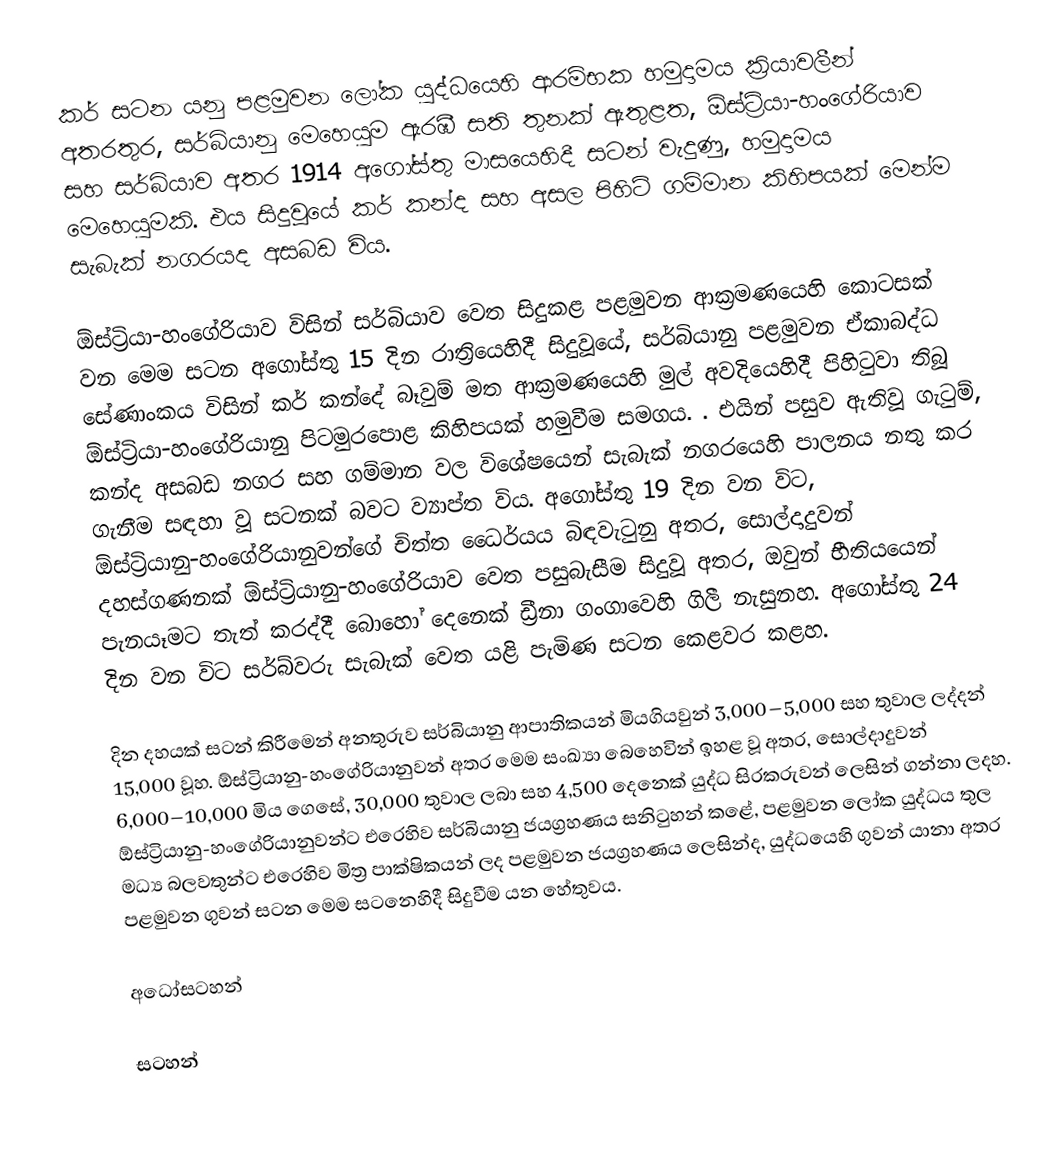
කර් සටන යනු පළමුවන ලෝක යුද්ධයෙහි ආරම්භක හමුදාමය ක්‍රියාවලීන් අතරතුර,  සර්බියානු මෙහෙයුම ඇරඹී සති තුනක් ඇතුළත, ඕස්ට්‍රියා-හංගේරියාව සහ සර්බියාව අතර 1914 අගෝස්තු මාසයෙහිදී සටන් වැදුණු,  හමුදාමය මෙහෙයුමකි. එය සිදුවූයේ කර් කන්ද සහ අසල පිහිටි ගම්මාන කිහිපයක් මෙන්ම  සැබැක් නගරයද අසබඩ විය.

ඕස්ට්‍රියා-හංගේරියාව විසින් සර්බියාව වෙත සිදුකළ පළමුවන ආක්‍රමණයෙහි කොටසක් වන මෙම සටන අගෝස්තු 15 දින රාත්‍රියෙහිදී සිදුවූයේ, සර්බියානු පළමුවන ඒකාබද්ධ සේණාංකය විසින් කර් කන්දේ බෑවුම් මත ආක්‍රමණයෙහි මුල් අවදියෙහිදී පිහිටුවා තිබූ ඕස්ට්‍රියා-හංගේරියානු පිටමුරපොළ	 කිහිපයක් හමුවීම සමගය.  . එයින් පසුව ඇතිවූ ගැටුම්, කන්ද අසබඩ නගර සහ ගම්මාන වල විශේෂයෙන් සැබැක් නගරයෙහි පාලනය නතු කර ගැනීම සඳහා වූ සටනක් බවට ව්‍යාප්ත විය. අගෝස්තු 19 දින වන විට, ඕස්ට්‍රියානු-හංගේරියානුවන්ගේ චිත්ත ධෛර්යය බිඳවැටුනු අතර, සොල්දාදුවන් දහස්ගණනක් ඕස්ට්‍රියානු-හංගේරියාව වෙත පසුබැසීම සිදුවූ අතර, ඔවුන් භීතියයෙන් පැනයෑමට තැත් කරද්දී බොහෝ දෙනෙක් ඩ්‍රීනා ගංගාවෙහි ගිලී නැසුනහ. අගෝස්තු 24 දින වන විට සර්බ්වරු සැබැක් වෙත යළි පැමිණ සටන කෙළවර කළහ.

දින දහයක් සටන් කිරීමෙන් අනතුරුව සර්බියානු ආපාතිකයන් මියගියවුන් 3,000–5,000 සහ තුවාල ලද්දන් 15,000 වූහ. ඕස්ට්‍රියානු-හංගේරියානුවන් අතර මෙම සංඛ්‍යා බෙහෙවින් ඉහළ වූ අතර, සොල්දාදුවන් 6,000–10,000 මිය ගෙසේ, 30,000 තුවාල ලබා සහ 4,500 දෙනෙක් යුද්ධ සිරකරුවන් ලෙසින් ගන්නා ලදහ. ඕස්ට්‍රියානු-හංගේරියානුවන්ට එරෙහිව සර්බියානු ජයග්‍රහණය සනිටුහන් කළේ, පළමුවන ලෝක යුද්ධය තුල මධ්‍ය බලවතුන්ට එරෙහිව  මිත්‍ර පාක්ෂිකයන් ලද පළමුවන ජයග්‍රහණය ලෙසින්ද, යුද්ධයෙහි ගුවන් යානා අතර පළමුවන ගුවන් සටන මෙම සටනෙහිදී සිදුවීම යන හේතුවය.

අධෝසටහන්

සටහන්